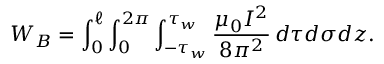
W _ { B } = \int _ { 0 } ^ { \ell } \int _ { 0 } ^ { 2 \pi } \int _ { - \tau _ { w } } ^ { \tau _ { w } } { \frac { \mu _ { 0 } I ^ { 2 } } { 8 \pi ^ { 2 } } } \, d \tau d \sigma d z .